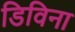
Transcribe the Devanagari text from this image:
डिविना